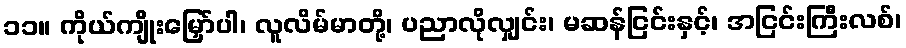
၁၁။ ကိုယ်ကျိုးမြှော်ပါ၊ လူလိမ်မာတို့၊ ပညာလိုလျှင်း၊ မဆန်ငြင်းနှင့်၊ အငြင်းကြီးလစ်၊